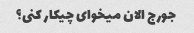
جورج الان میخوای چیکار کنی؟